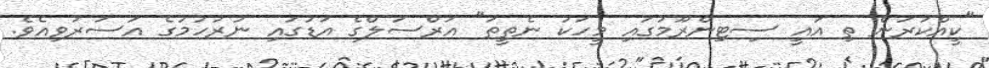
"ކީއްކުރަން ތި އައީ ސިޓިންރޫމުގައި މީހަކު ނެތީތަ" އަރްސަލްގެ އަޑުގައި ނުރުހުމުގެ އަސަރުވިއެވެ.